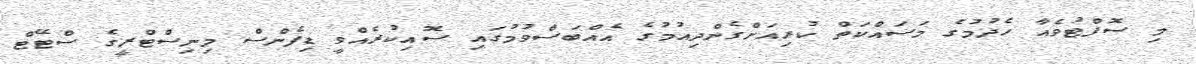
މި ސޮފްޓުވެއާ ހެދުމުގެ މަސައްކަތް ކުރިއަށްގެންދިއުމުގެ އެއްބަސްވުމުގައި ސޮއިކުރެއްވީ ޑިފެންސް މިނިސްޓްރީގެ ސްޓޭޓް